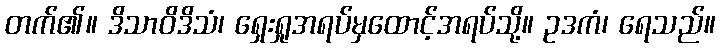
တက်၏။ ဒိသာဝိဒိသံ၊ ရှေးရှုအရပ်မှထောင့်အရပ်သို့။ ဥဒကံ၊ ရေသည်။